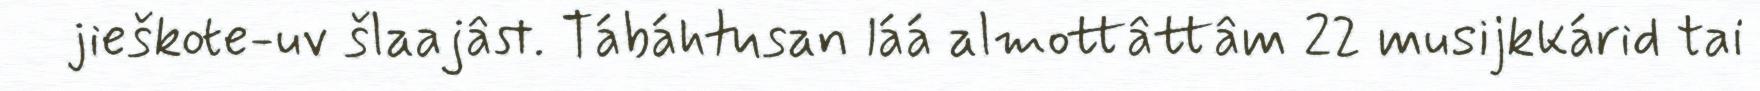
jieškote-uv šlaajâst. Tábáhtusan láá almottâttâm 22 musijkkárid tai